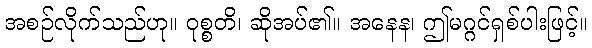
အစဉ်လိုက်သည်ဟု။ ဝုစ္စတိ၊ ဆိုအပ်၏။ အနေန၊ ဤမဂ္ဂင်ရှစ်ပါးဖြင့်။